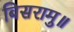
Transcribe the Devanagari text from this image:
बिसरामु॥